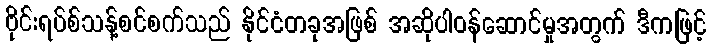
ဗိုင်းရပ်စ်သန့်စင်စက်သည် နိုင်ငံတခုအဖြစ် အဆိုပါဝန်ဆောင်မှုအတွက် ဒီကဖြင့်